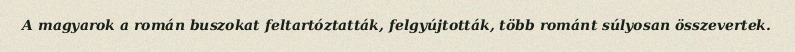
A magyarok a román buszokat feltartóztatták, felgyújtották, több románt súlyosan összevertek.